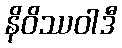
နိဝိဿဝါဒီ